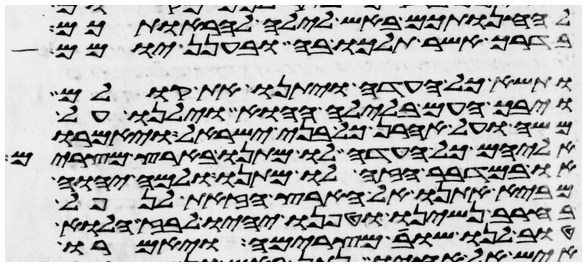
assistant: להחנותכם באש לילה להראותכם
בדרך אשר תלכו בה ובענן יומם
ותשא כל העדה ויתנו את קולם
ויבך העם בלילה ההוא וילנו על
משה ועל אהרן כל בני ישראל ויאמרו
אליהם כל העדה לו מתנו בארץ מצרים
או במדבר הזה לו מתנו ולמה יהוה
מביא אתנו אל הארץ הזאת לנפל
בחרב נשינו וטפנו יהיו לבוז הלוא
טוב לנו שובה מצרימה ויאמרו